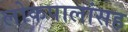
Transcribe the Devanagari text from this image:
लोकपालांसह